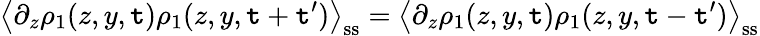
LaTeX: \left\langle\partial_{z}\rho_{1}(z,y,\mathtt{t})\rho_{1}(z,y,\mathtt{t}+\mathtt{t}^{\prime})\right\rangle_{\mathrm{{ss}}}=\left\langle\partial_{z}\rho_{1}(z,y,\mathtt{t})\rho_{1}(z,y,\mathtt{t}-\mathtt{t}^{\prime})\right\rangle_{\mathrm{{ss}}}